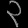
Digit: ၃